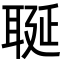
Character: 𦕣